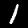
Digit: 1